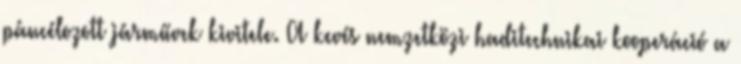
páncélozott járművek kivitele. A kevés nemzetközi haditechnikai kooperáció a